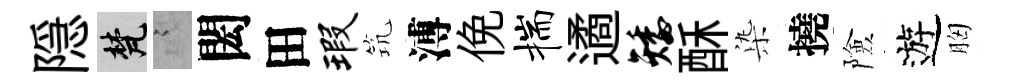
隠梵謭閎田瑕𥬑溥俛揣遹矮酥𣑱撓險遊胸